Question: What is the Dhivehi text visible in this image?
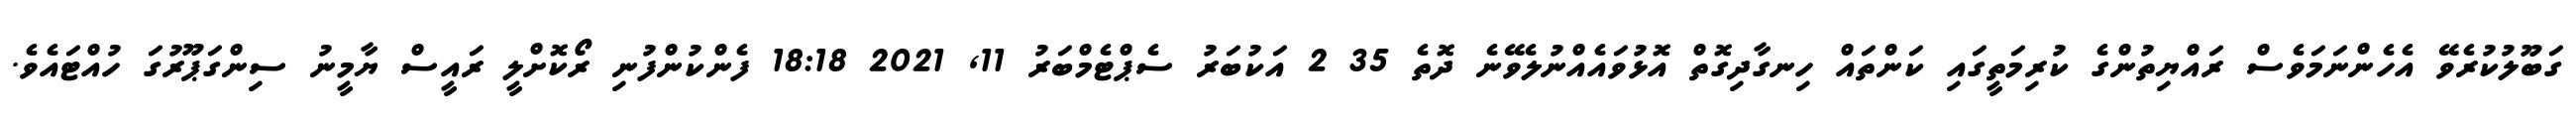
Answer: ގަބޫލުކުރެވޭ އެހެންނަމަވެސް ރައްޔިތުންގެ ކުރިމަތީގައި ކަންތައް ހިނގާދިގޮތް އޮޅުވައެއްނުލެވޭނެ ދޮތެ 35 2 އަކުބަރު ސެޕްޓެމްބަރު 11, 2021 18:18 ފެންކުންފުނި ރޯކޮށްލީ ރައީސް ޔާމީނު ސިންގަޕޫރުގަ ހުއްޓައެވެ.